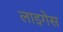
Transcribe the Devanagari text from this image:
लाइगेस